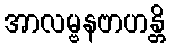
အာလမ္ဗနဗာဟန္တိ